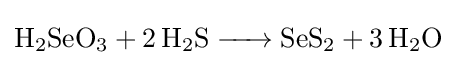
{\ce {H2SeO3 + 2 H2S -> SeS2 + 3 H2O}}